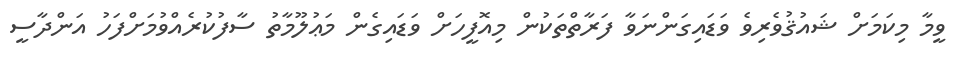
ވީމާ މިކަމަށް ޝައުޤުވެރިވެ ވަޑައިގަންނަވާ ފަރާތްތަކުން މިއޮފީހަށް ވަޑައިގެން މަޢުލޫމާތު ސާފުކުރެއްވުމަށްފަހު އަންދާސީ